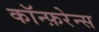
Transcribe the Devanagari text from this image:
कॉन्फ़रेन्स